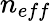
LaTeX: n_{eff}